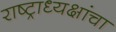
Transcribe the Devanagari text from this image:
राष्ट्राध्यक्षांचा